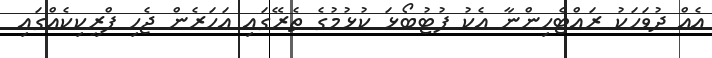
އެއް ދުވަހަކު ރައްޓެހިންނާ އެކު ފުޓުބޯޅަ ކުޅުމުގެ ތެރޭގައި އަހަރެން ޖެހި ފްރީކިކެއްގައި